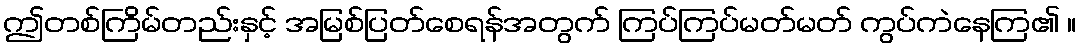
ဤတစ်ကြိမ်တည်းနှင့် အမြစ်ပြတ်စေရန်အတွက် ကြပ်ကြပ်မတ်မတ် ကွပ်ကဲနေကြ၏ ။